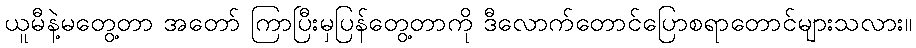
ယူမီနဲ့မတွေ့တာ အတော် ကြာပြီးမှပြန်တွေ့တာကို ဒီလောက်တောင်ပြောစရာတောင်များသလား။